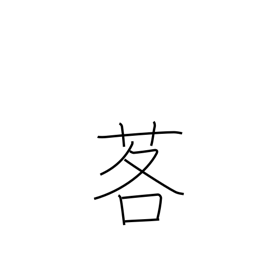
Meaning: mountain leek